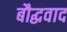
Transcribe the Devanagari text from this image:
बौद्धवाद